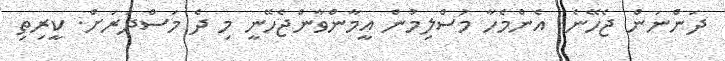
ދަންނަން ޖެހޭނެ. އެންމެހާ މުސްލިމުން އީމާންވާންޖެހޭނީ މި ދެ މަސްދަރަށް. ކީރިތި